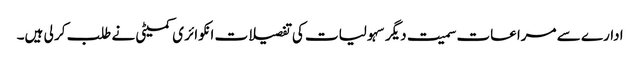
ادارے سے مراعات سمیت دیگر سہولیات کی تفصیلات انکوائر ی کمیٹی نے طلب کر لی ہیں۔